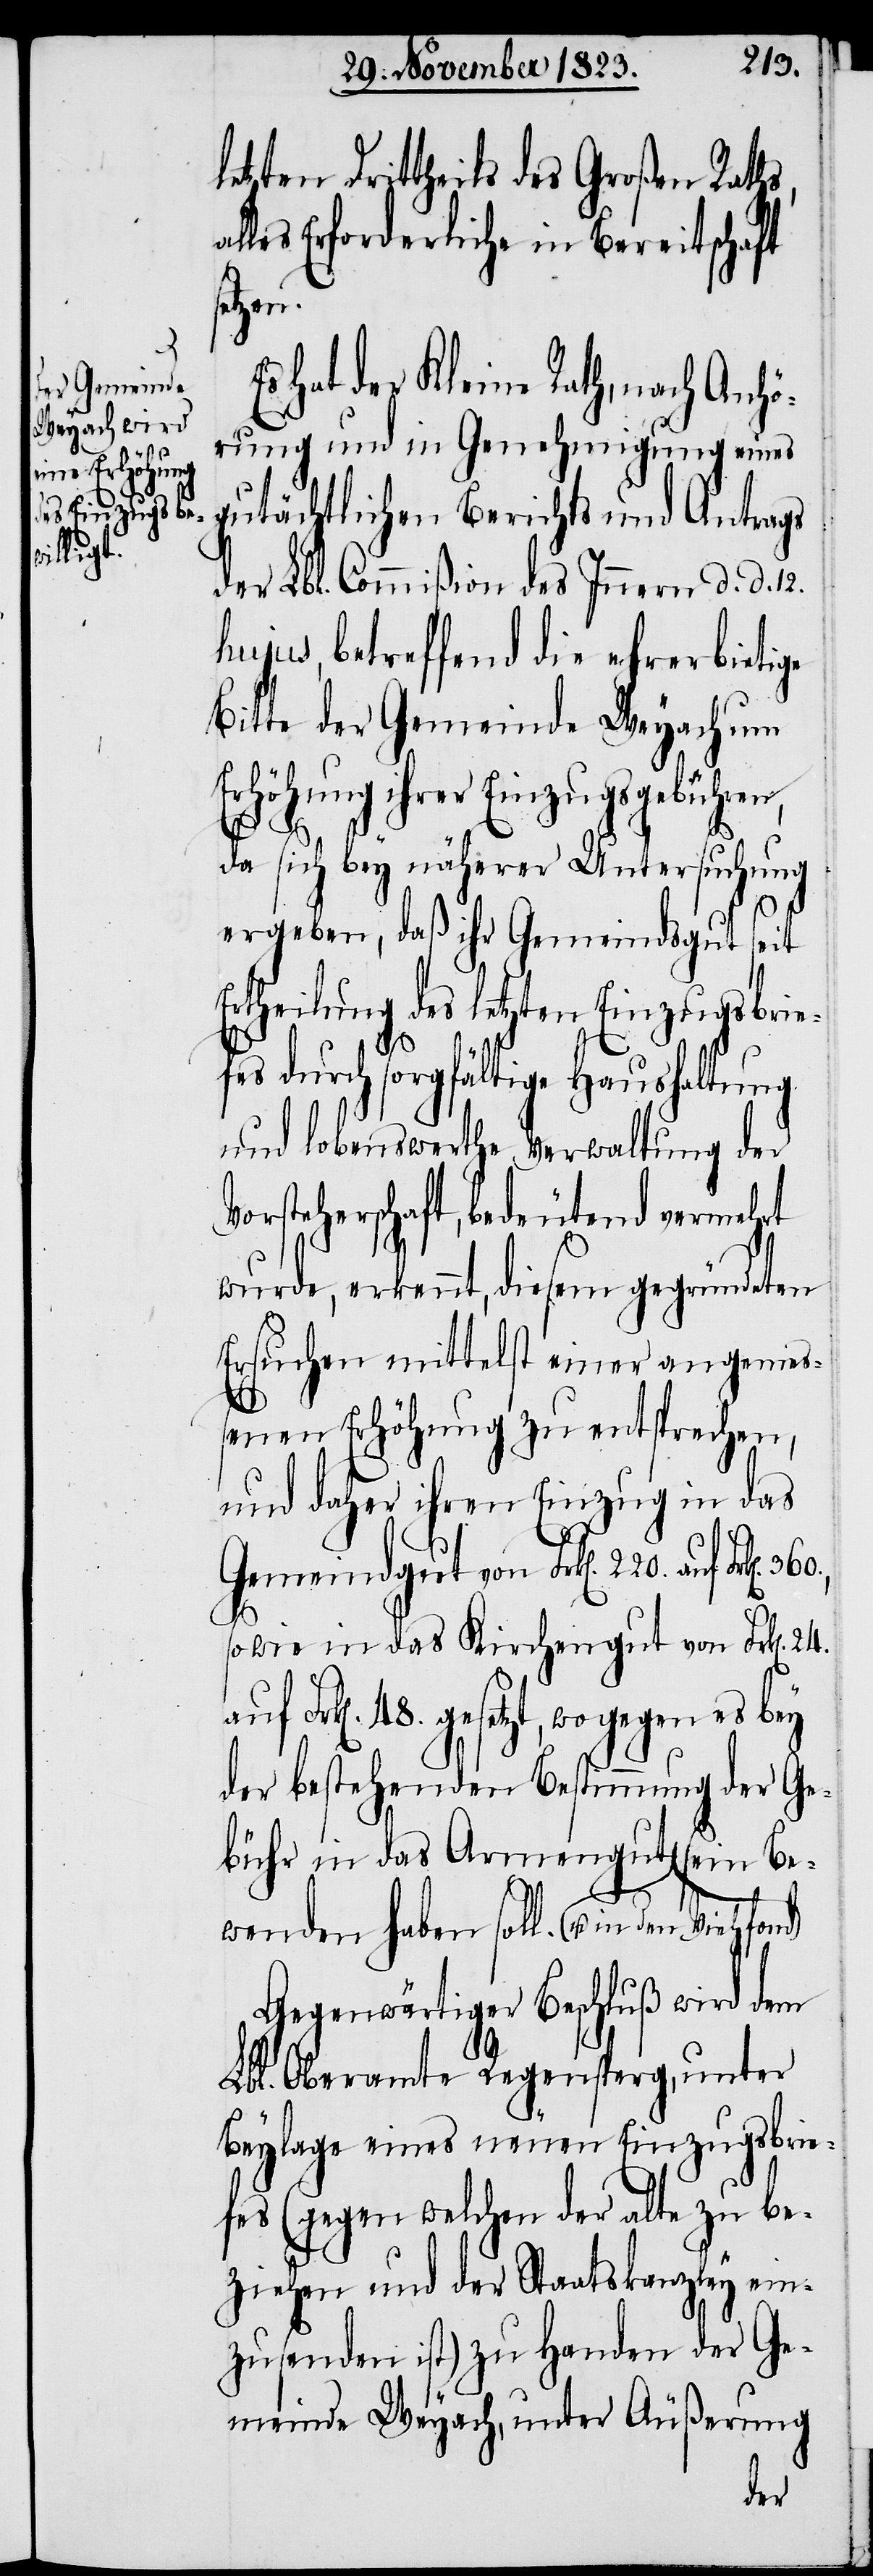
24.
etzten Drittheils des Großen Raths,
alles Erforderliche in Bereitschaft
sein
Es hat der Kleine Rath, nach Anhö¬
rung und in Genehmigung eines
gutächtlichen Berichts und Antrags
der Lbl. Commißion des Innern d. d. 12.
hujus, betreffend die ehrerbietige
Bitte der Gemeinde Weyach um
Erhöhung ihrer Einzugsgebühren,
soll.
da sich bey näherer Untersuchung
ergeben, daß ihr Gemeindsgut seit
Ertheilung des letzten Einzugsbrie¬
fes durch sorgfältige Haushaltung
und lobenswerthe Verwaltung der
orsteherschaft, bedeutend vermehrt
wurde, erkennt, diesem gegründeten
Ersuchen mittels einer angemeß¬
V¬
enen Erhöhung zu entsprechen,
und daher ihren Einzug in das
Gemeindgut von Frk[en]. 220.
sowie in das Kirchengut von Frk[en].
Frk[en]. 48. gesetzt, wogegen es bey
der bestehenden Bestimmung der Ge¬
bühr in das Armengut u. in de¬
Gegenwärtiger Beschluß wird dem
Lbl. Oberamte Regensperg, unter
Beylage eines neuen Einzugsbrie¬
fes (gegen welchen der alte zu be¬
ziehen und der Staatskanzley ein¬
zusenden ist) zu Handen der Ge¬
meinde Weyach, unter Äußerung

n